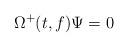
LaTeX: \begin{align*}\Omega^+(t,f)\Psi=0\end{align*}